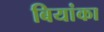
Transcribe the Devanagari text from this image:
बियांका